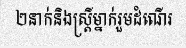
២នាក់និងស្ត្រីម្នាក់រួមដំណើរ